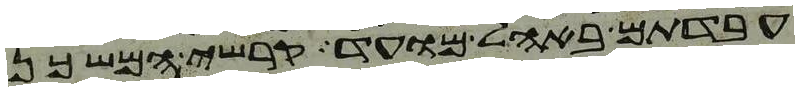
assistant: עבדתם באהל מועד קרשי המשכן